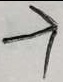
\rightarrow